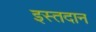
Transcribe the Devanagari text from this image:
इस्तदान